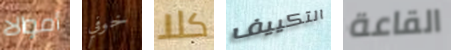
أموالا خوفي كلا التكييف القاعة